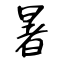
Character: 暑